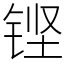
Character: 铿